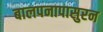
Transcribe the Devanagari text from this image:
बालपनापासुरन